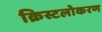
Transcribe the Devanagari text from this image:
क्रिस्टलोकरण